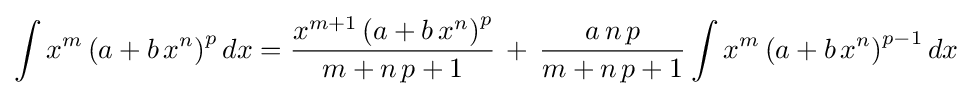
\int x^{m}\left(a+b\,x^{n}\right)^{p}dx={\frac {x^{m+1}\left(a+b\,x^{n}\right)^{p}}{m+n\,p+1}}\,+\,{\frac {a\,n\,p}{m+n\,p+1}}\int x^{m}\left(a+b\,x^{n}\right)^{p-1}dx